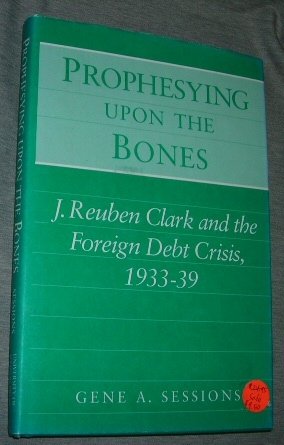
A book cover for Prophesying upon the Bones: J. Reuben Clark and the Foreign Debt Crisis, 1933-39; Gene A. Sessions; Business & Money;